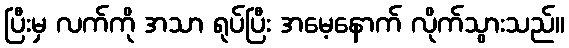
ပြီးမှ လက်ကို အသာ ရုပ်ပြီး အမေ့နောက် လိုက်သွားသည်။